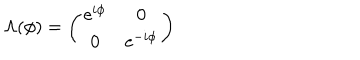
LaTeX: \Lambda ( \phi ) = \left( \begin{array} { c c } { { \mathrm { e } ^ { i \phi } } } & { { 0 } } \\ { { 0 } } & { { \mathrm { e } ^ { - i \phi } } } \\ \end{array} \right)